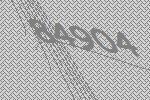
84904